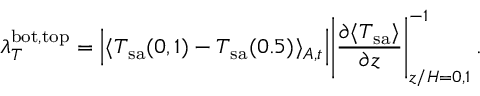
\lambda _ { T } ^ { \mathrm { b o t , t o p } } = \Big | \langle T _ { \mathrm { s a } } ( 0 , 1 ) - T _ { \mathrm { s a } } ( 0 . 5 ) \rangle _ { A , t } \Big | \Bigg | \frac { \partial \langle T _ { \mathrm { s a } } \rangle } { \partial z } \Bigg | _ { z / H = 0 , 1 } ^ { - 1 } \, .